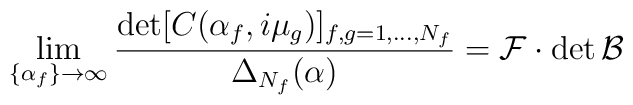
\lim_{\{\alpha_f\}\to\infty}  \frac{\det[C(\alpha_f,i\mu_g)]_{f,g=1,\dots,N_f}}  {\Delta_{N_f}(\alpha)} = \mathcal{F}\cdot\det\mathcal{B}